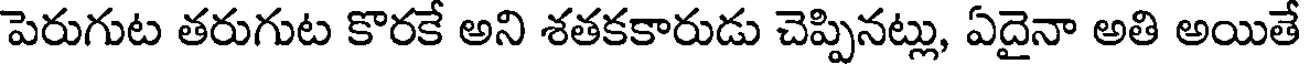
పెరుగుట తరుగుట కొరకే అని శతకకారుడు చెప్పినట్లు, ఏదైనా అతి అయితే